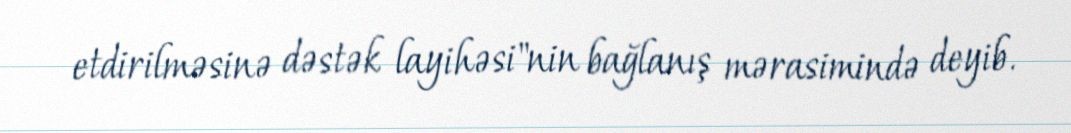
etdirilməsinə dəstək layihəsi"nin bağlanış mərasimində deyib.